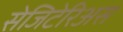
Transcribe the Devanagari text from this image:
सेजिटेरिअस